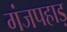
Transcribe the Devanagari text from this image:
गंजपहाड़